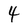
Character: 4